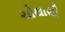
ચોથાથી